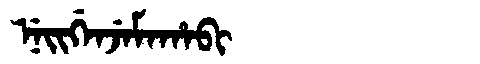
Manchu: ᠨᡝᡳᡤᡝᠨᠵᡝᠮᠠᡥᠠᠪᡳ
Romanization: NEIGENJEMAHABI